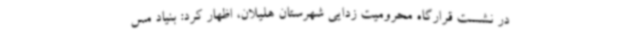
در نشست قرارگاه محرومیت زدایی شهرستان هلیلان، اظهار کرد: بنیاد مس